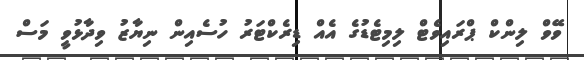
ވޭވް ލިންކް ޕްރައިވެޓް ލިމިޓެޑުގެ އެއް ޑިރެކްޓަރު ހުސެއިން ނިޔާޒު ވިދާޅުވީ މަސް